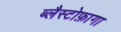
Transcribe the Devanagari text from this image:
ब्लैस्टोफ़ागा